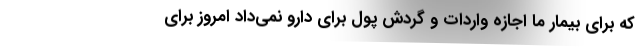
که برای بیمار ما اجازه واردات و گردش پول برای دارو نمی‌داد امروز برای